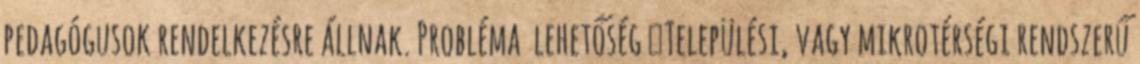
pedagógusok rendelkezésre állnak. Probléma lehetőség ▪Települési, vagy mikrotérségi rendszerű